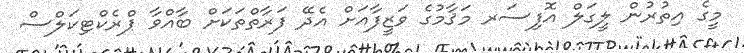
މީގެ އިތުރުން ލީގަލް އޮފިސަރ މަޤާމުގެ ވަޒީފާއަށް އެދޭ ފަރާތްތަކަށް ބާއްވާ ޕްރެކްޓިކަލްސް